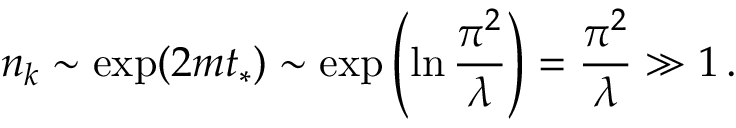
n _ { k } \sim \exp ( 2 m t _ { * } ) \sim \exp \left( { \ln { \frac { \pi ^ { 2 } } { \lambda } } } \right) = { \frac { \pi ^ { 2 } } { \lambda } } \gg 1 \, .